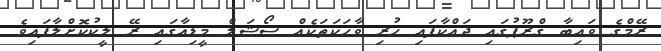
ރޭމްގެ ވައިބާ ގްރޫޕުގައި ދައްކާފައި ހުރި ވާހަކަތަކެއް ސޯޝަލް މީޑިއާގައި ރޭ ލީކުކޮށްލާފައިވެ